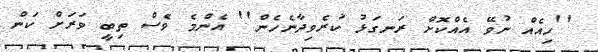
''ހިއެއް ނުވޭ އެއްކޮށް ރަނގަޅު ކުރެވިދާނެހެން'' އެންމެ ވެސް ތިބީ ވަރަށް ކަން